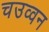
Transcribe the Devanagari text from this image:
चउव्वन